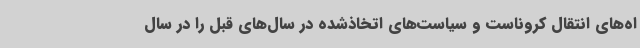
اه‌های انتقال کروناست و سیاست‌های اتخاذشده در سال‌های قبل را در سال